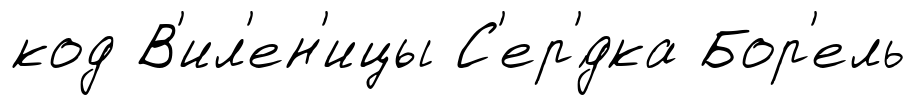
код В'ил'ен'ицы С'ер'́дка Бор'ель